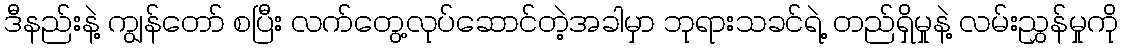
ဒီနည်းနဲ့ ကျွန်တော် စပြီး လက်တွေ့လုပ်ဆောင်တဲ့အခါမှာ ဘုရားသခင်ရဲ့ တည်ရှိမှုနဲ့ လမ်းညွှန်မှုကို